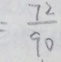
= \frac { 7 2 } { 9 0 }